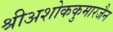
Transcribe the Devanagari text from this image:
श्रीअशोककुमारजैन